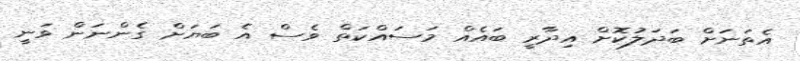
އެތަނަށް ބަދަލުކޮށް އިދާރީ ބައެއް މަސައްކަތް ވެސް އެ ބަޔަށް ގެންނަން ވަނީ